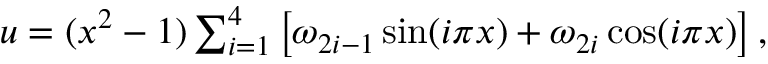
\begin{array} { r } { u = ( x ^ { 2 } - 1 ) \sum _ { i = 1 } ^ { 4 } \left[ \omega _ { 2 i - 1 } \sin ( i \pi x ) + \omega _ { 2 i } \cos ( i \pi x ) \right] , } \end{array}